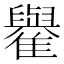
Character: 𩁕